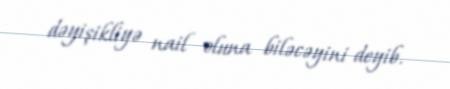
dəyişikliyə nail oluna biləcəyini deyib.